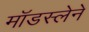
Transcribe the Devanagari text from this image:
मॉडस्लेने